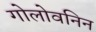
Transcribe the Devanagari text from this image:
गोलोवनिन